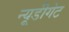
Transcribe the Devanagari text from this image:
न्यूडीगेट